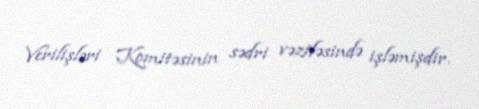
Verilişləri Komitəsinin sədri vəzifəsində işləmişdir.